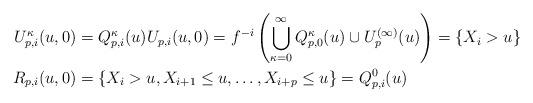
LaTeX: \begin{align*}U_{p,i}^\kappa(u,0)&=Q_{p,i}^\kappa(u)U_{p,i}(u,0)=f^{-i}\left(\bigcup_{\kappa=0}^{\infty}Q_{p,0}^\kappa(u)\cup U_p^{(\infty)}(u)\right)=\{X_i>u\}\\R_{p,i}(u,0)&=\{X_i>u, X_{i+1}\leq u,\ldots,X_{i+p}\leq u\}=Q_{p,i}^0(u)\\\end{align*}